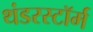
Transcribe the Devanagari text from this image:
थंडरस्टॉर्म